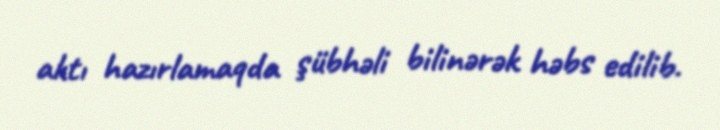
aktı hazırlamaqda şübhəli bilinərək həbs edilib.